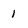
Character: 1